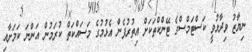
ނިޔާޒު ވިދާޅުވީ ކަސްޓަމްސްގެ ޓޭންކްތަކަށް އިތުރުފެން އެޅުމުގެ މަސައްކަތް ކުރަމުން އަންނަ ކަމަށާއި